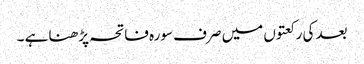
بعد کی رکعتوں میں صرف سورہ فاتحہ پڑھنا ہے ۔